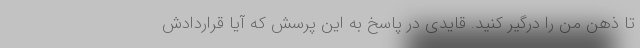
تا ذهن من را درگیر کنید. قایدی در پاسخ به این پرسش که آیا قراردادش